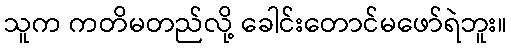
သူက ကတိမတည်လို့ ခေါင်းတောင်မဖော်ရဲဘူး။